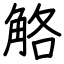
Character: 觡